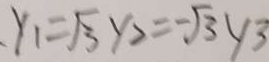
y _ { 1 } = \sqrt { 3 } y _ { 2 } = - \sqrt { 3 } y 3